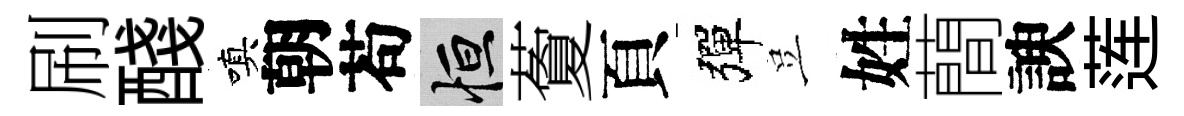
刷醆嗔朝苟恒藑頁彈豈姓蕳諛莲